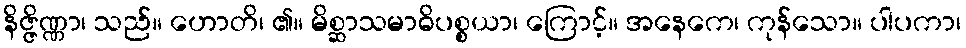
နိဇ္ဇိဏ္ဏာ၊ သည်။ ဟောတိ၊ ၏။ မိစ္ဆာသမာဓိပစ္စယာ၊ ကြောင့်။ အနေကေ၊ ကုန်သော။ ပါပကာ၊